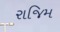
રાજિમ